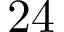
2 4